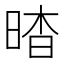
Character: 𣇿